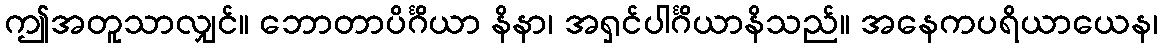
ဤအတူသာလျှင်။ ဘောတာပိင်္ဂိယာ နိနာ၊ အရှင်ပါင်္ဂိယာနိသည်။ အနေကပရိယာယေန၊